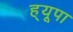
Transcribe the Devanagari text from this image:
ह्‌यूपा